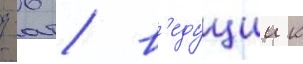
д-6 / в'едущии к